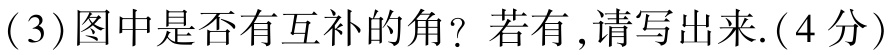
(3)图中是否有互补的角？若有,请写出来.(4分)